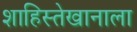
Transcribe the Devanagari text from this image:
शाहिस्तेखानाला